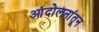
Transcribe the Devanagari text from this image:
आंदोलनांतून